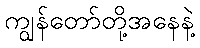
ကျွန်တော်တို့အနေနဲ့